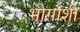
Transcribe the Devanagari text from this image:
भोगांशी